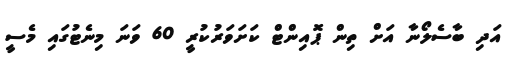
އަދި ބާސެލޯނާ އަށް ތިން ޕޮއިންޓް ކަށަވަރުކުރީ 60 ވަނަ މިނެޓުގައި މެސީ